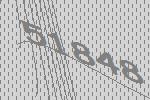
51848